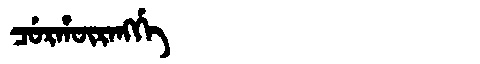
Manchu: ᠴᡠᡵᡥᡡᡵᠠᠩᡤᡝ
Romanization: CURHŪRANGGE